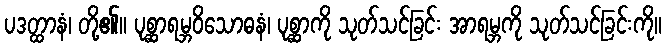
ပဒတ္ထာနံ၊ တို့၏။ ပုစ္ဆာရမ္ဘဝိသောဓနံ၊ ပုစ္ဆာကို သုတ်သင်ခြင်း အာရမ္ဘကို သုတ်သင်ခြင်းကို။